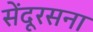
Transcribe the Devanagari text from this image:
सेंदूरसना